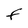
Character: F